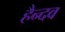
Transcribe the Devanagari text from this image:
हैन्दव